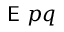
{ \textsf { E } } p q